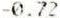
-0.72